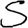
Digit: 5